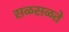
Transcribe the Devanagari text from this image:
सळसळते